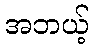
အဘယ့်